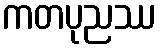
ကတပုညဿ